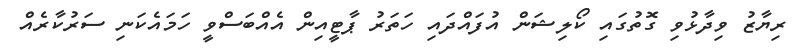
ރިޔާޒު ވިދާޅުވި ގޮތުގައި ކޯލިޝަން އުފައްދައި ހަތަރު ޕާޓީއިން އެއްބަސްވީ ހަމައެކަނި ސަރުކާރެއް